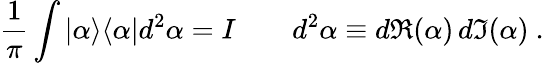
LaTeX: {\frac{1}{\pi}}\int|\alpha\rangle\langle\alpha|d^{2}\alpha=I\qquad d^{2}\alpha\equiv d\Re(\alpha)\, d\Im(\alpha)~.